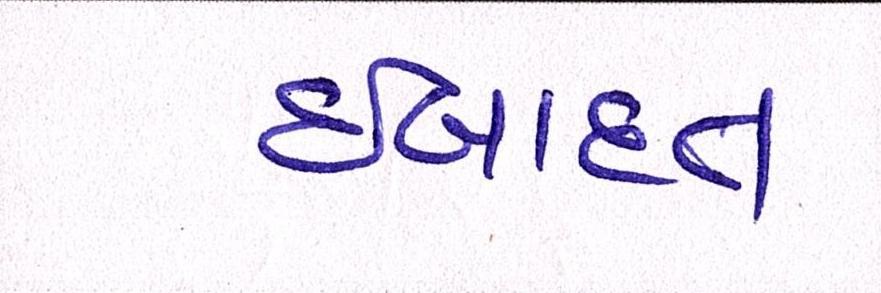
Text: ઈબાદત